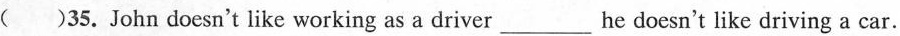
( )35.John doesn't like working as a driver________ he doesn't like driving a car.